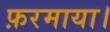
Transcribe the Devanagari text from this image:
फ़रमाया।